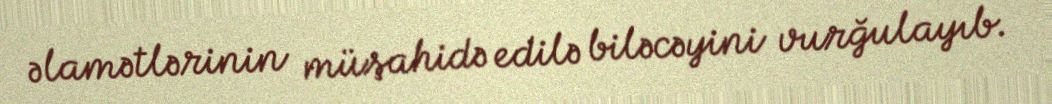
əlamətlərinin müşahidə edilə biləcəyini vurğulayıb.